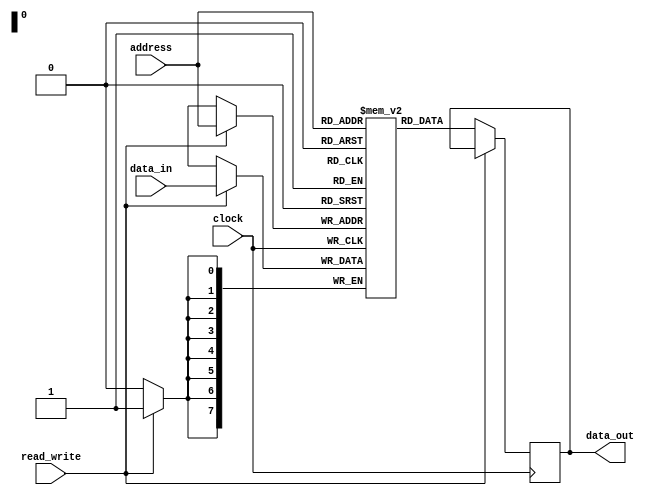
module EEPROM (
    input wire [7:0] address,
    input wire [7:0] data_in,
    input wire read_write,
    input wire clock,
    output reg [7:0] data_out
);

reg [7:0] memory [0:255];

always @(posedge clock) begin
    if (read_write == 1) begin // write operation
        memory[address] <= data_in;
    end else begin // read operation
        data_out <= memory[address];
    end
end

endmodule